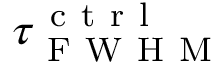
\tau _ { \mathrm { ~ F ~ W ~ H ~ M ~ } } ^ { \mathrm { ~ c ~ t ~ r ~ l ~ } }